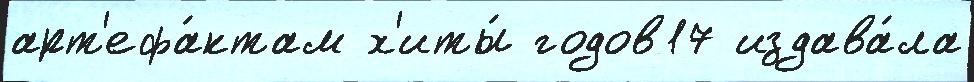
арт'ефа́ктам х'иты́ годов17 издава́ла